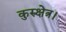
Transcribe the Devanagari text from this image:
कुरुक्षेत्र।